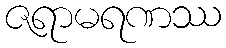
ဇရာမရဏဿ